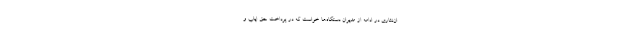
ان‌نثاری در ادامه از مدیران دستگاه‌ها خواست که در پرداخت حق ایاب و